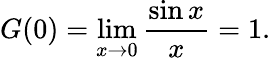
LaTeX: G(0)=\operatorname*{lim}_{x\rightarrow 0}{\frac{\sin x}{x}}=1.